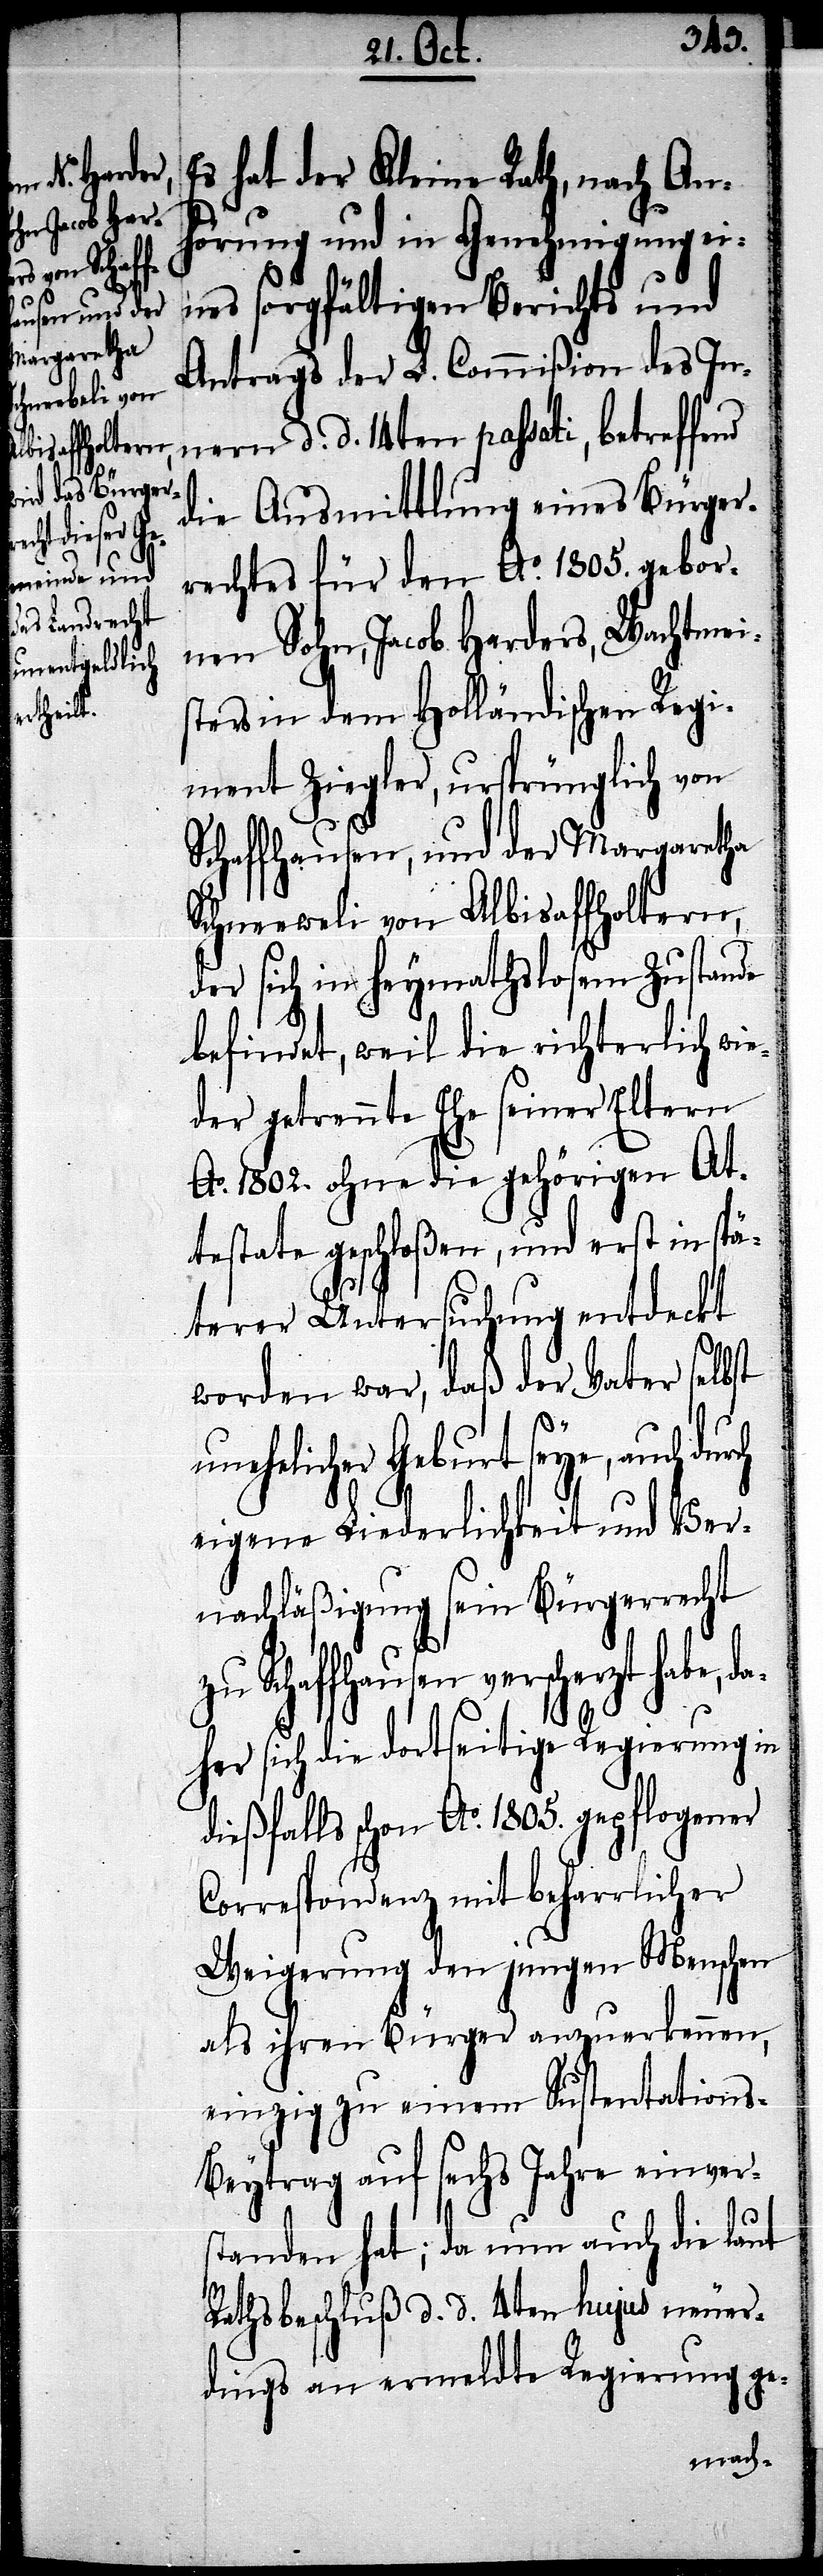
von Albis¬
affoltern,

Es hat der Kleine Rath, nach An¬
hörung und in Genehmigung ei¬
nes sorgfältigen Berichts und
Antrags der L. Commißion des In¬
nern, d. d. 14ten passati, betreffend
die Ausmittlung eines Bürger¬
rechtes für den Ao. 1805. gebor¬
nen Sohn, Jacob Harders, Wachtmei¬
sters in dem Holländischen Regi¬
ment Ziegler, ursprünglich von
Schaffhausen, und der Margaretha
der sich in heymathslosem Zustande
befindet, weil die richterlich wi¬
eder getrennte Ehe seiner Eltern
Ao. 1802. ohne die gehörigen At¬
testate geschloßen, und erst in spä¬
terer Untersuchung entdeckt
worden war, daß der Vater selbst
unehelicher Geburt seye, auch
eigene Liederlichkeit und Ver¬
nachläßigung sein Bürgerrecht
zu Schaffhausen verscherzt habe, da¬
her sich die dortseitige Regierung in
dießfalls schon Ao. 1805. gepflogener
Correspondenz mit beharrlicher
Weigerung den jungen Menschen
als ihren Bürger anzuerkennen,
einzig zu einem Sustentations-B¬
eytrag auf sechs Jahre einver¬
standen hat; da nun auch die laut
Rathsbeschluß d. d. 4ten hujus neuer¬
dings an ermeldte Regierung ge-